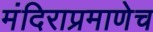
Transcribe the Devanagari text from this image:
मंदिराप्रमाणेच